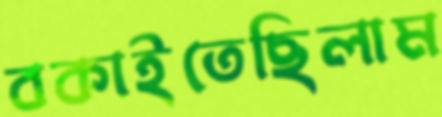
বকাইতেছিলাম